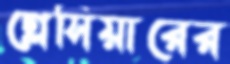
গ্লেসিয়ারের